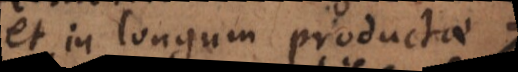
et in longum productae